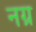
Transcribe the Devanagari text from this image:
नग्र